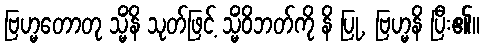
ဗြဟ္မတောတု သ္မိံနိ သုတ်ဖြင့် သ္မိံဝိဘတ်ကို နိ ပြု, ဗြဟ္မနိ ပြီး၏။